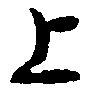
上